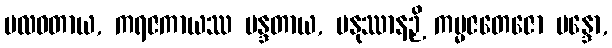
ဗလဝတာယ, ကရဇကာယဿ မန္ဒတာယ, မနုဿာနဉှိ ကမ္မဇတေဇော မန္ဒော,